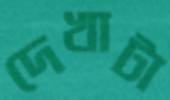
দেখাটা